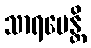
သာရမေန္တိ